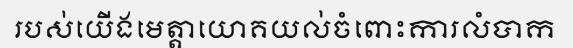
របស់យើងមេត្តាយោគយល់ចំពោះការលំបាក